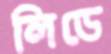
লিডে